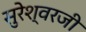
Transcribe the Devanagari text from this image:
सुरेश्वरजी